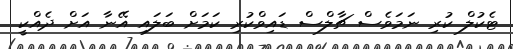
ޓެކުލް ކުރި ނަމަވެސް ޗާލްސް ޑައިވްކުރި ކަމަށް ބަލައި އޭނާ އަށް ދެއްކީ